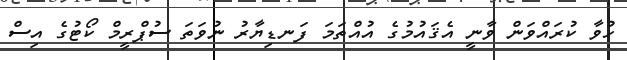
ހުވާ ކުރައްވަން ވާނީ އެޤައުމުގެ އުއްތަމަ ފަނޑިޔާރު ނުވަތަ ސުޕްރީމް ކޯޓުގެ އިސް